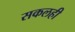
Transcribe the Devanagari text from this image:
सकलही